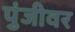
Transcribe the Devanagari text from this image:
पुंजीवर